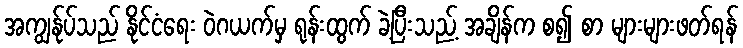
အကျွန်ုပ်သည် နိုင်ငံရေး ဝဲဂယက်မှ ရုန်းထွက် ခဲ့ပြီးသည့် အချိန်က စ၍ စာ များများဖတ်ရန်